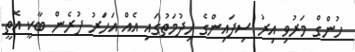
ހުންގް މަރުވި އިރު ސިފައިންގެ ހިދުމަތުގައި އެއް އަހަރު ފުރެން ބާކީ އޮތީ